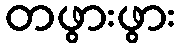
တဖွားဖွား